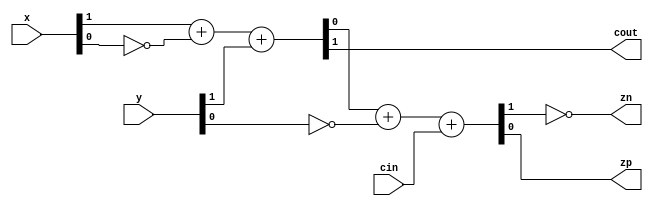
`timescale 1ns / 1ps
//////////////////////////////////////////////////////////////////////////////////
// Company: 
// Engineer: 
// 
// Design Name: 
// Module Name:    online_adder_unit 
// Project Name: 
// Target Devices: 
// Tool versions: 
// Description: 
//
// Dependencies: 
//
// Revision: 
// Revision 0.01 - File Created
// Additional Comments: 
//
//////////////////////////////////////////////////////////////////////////////////
module online_adder_unit(x,y,cin,cout,zp,zn);

	input [1:0] x,y;
	input cin;
	output cout,zp,zn;

	wire a1,b1,cin1,cout1,s1;
	wire a2,b2,cin2,cout2,s2;
	
	assign a1 = x[1];
	assign b1 = ~x[0];
	assign cin1 = y[1];
	
	assign {cout1,s1} = a1 + b1 + cin1;	// the first Full-Adder
	assign cout = cout1;
	
	assign a2 = s1;
	assign b2 = ~y[0];
	assign cin2 = cin;
	
	assign {cout2,s2} = a2 + b2 + cin2;
	assign zp = s2;
	assign zn = ~cout2;


endmodule